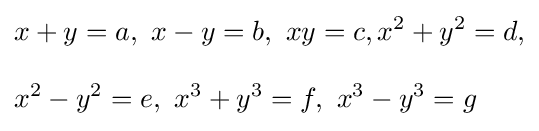
{\begin{aligned}&x+y=a,\ x-y=b,\ xy=c,x^{2}+y^{2}=d,\\[8pt]&x^{2}-y^{2}=e,\ x^{3}+y^{3}=f,\ x^{3}-y^{3}=g\end{aligned}}